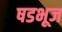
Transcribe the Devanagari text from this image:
षडभूज